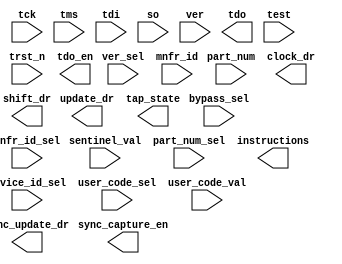
////////////////////////////////////////////////////////////////////////////////
//
//       This confidential and proprietary software may be used only
//     as authorized by a licensing agreement from Synopsys Inc.
//     In the event of publication, the following notice is applicable:
//
//                    (C) COPYRIGHT 1998 - 2016 SYNOPSYS INC.
//                           ALL RIGHTS RESERVED
//
//       The entire notice above must be reproduced on all authorized
//     copies.
//
//
// VERSION:   Simulation Architecture
//
// DesignWare_version: 5f2a82b4
// DesignWare_release: K-2015.06-DWBB_201506.5.2
//
////////////////////////////////////////////////////////////////////////////////
//-----------------------------------------------------------------------------------
//
// ABSTRACT:  TAP Controller with USERCODE support
//
//
//  Parameters: 	Valid Values
//  ==========  	============
//  width		[ 2 to 32 ]
//  id			[ 0 = not present,
//			  1 = present ]
//  idcode_opcode  	[0 to 2**32-1]			  
//  version		[ 0 to 15 ]
//  part		[ 0 to 65535 ] 
//  man_num		[ 0 to 2047 ] 
//   			( not equal to 127 ) 
//          
//  sync_mode		[ 0 = asynchronous,
//			  1 = synchrounous ] 	
//
//  Input Ports:    Size    	Description
//  ===========     ====    	===========
//  tck		     1 bit   	Test clock 
//  trst_n	     1 bit   	Test reset, active low 
//  tms		     1 bit   	Test mode select 
//  tdi		     1 bit   	Test data in 
//  so		     1 bit   	Serial data from boundary scan 
//                          	  register and data registers 
//  bypass_sel	     1 bit   	Selects the bypass register 
//                         
//  sentinel_val    width - 1   User-defined status bits	
//  device_id_sel    1 bit   	Selects the device id  register
//  user_code_sel    1 bit   	Selects USERCODE instruction 
//  user_code_val    32 bits    USERCODE input to device id register
//  ver              4 bits     external version port
//  ver_sel          1 bit   	Selects the ver port
//  part_num         16 bits    external part number port 
//  part_num_sel     1 bit   	Selects the part_num port
//  mnfr_id          11 bits    external manufacturer's id port 
//  mnfr_id_sel      1 bit   	Selects the manufacturer's id port
//  
//  Output Ports    Size    	Description
//  ============    ====    	===========
//  clock_dr	     1 bit      Controls the boundary scan register	
//  shift_dr	     1 bit      Controls the boundary scan register
//  update_dr	     1 bit	Controls the boundary scan register
//  tdo		     1 bit	Test data out
//  tdo_en	     1 bit 	Enable for tdo output buffer
//  tap_state       16 bit	Current state of the TAP 
//				  finite state machine
//  instructions    width	Instruction register output	
//
//
//
// MODIFIED:
//
//   DLL 01/19/16  Re-structured most of the always blocks to be split
//                 into two pieces procedural and sequential.  No mix of
//                 combination logic and flip-flops in the same always block(s)
//                 anymore.  Edits made to be Native-Low-Power compatible.
//                 Addresses STAR#9000999057.
//
//   RJK 09/17/15  Eliminated initialized constants for NLP compatibility
//   bdean 6/28/05
//   added #0 for enables: star 9000067695
//   bdean 4/28/08
//   added #1 for enables: star 90000
//
//
//   Doug Lee   Nov. 3, 2004
//      Fixed bug in always block determining tdo_temp.  Added missing
//      "id_sel" signal to sensitivity list (STAR 9000034981).
//      Also, fixed non-STAR bugs:
//        (1) Decoding of id_sel.  Was decoding based on a fixed 
//            update_reg_ir value instead of the idcode_opcode
//            parameter value.
//        (2) id_code_vec was being double driven by two unique
//            equations.  One is right the other is wrong.  Should
//            not have been doubly driven in the first place.
//            Removed the "wrong" equation.
//
//   Rajeev P Huralikoppi  May 2002
//      This is a new component derived from the DW_tap component
//      with additional parameters/ports to support USERCODE and
//      external ports  to support device identity register programming
//      with recompiling. (STARs 113898, 121365, 131993 )   
//
//-----------------------------------------------------------------------
			  		
module DW_tap_uc ( tck, trst_n, tms, tdi, so, bypass_sel, sentinel_val, 
		   device_id_sel, user_code_sel, user_code_val,
		   ver, ver_sel, part_num, part_num_sel, mnfr_id, mnfr_id_sel,
		   clock_dr, shift_dr, update_dr, tdo, tdo_en, tap_state, 
		   instructions, sync_capture_en, sync_update_dr,test );

  parameter width = 2;
  parameter id = 0;
  parameter idcode_opcode = 1;
  parameter version = 0;
  parameter part = 0;
  parameter man_num = 0;
  parameter sync_mode = 0;
 
  input  tck;
  input  trst_n;
  input  tms;
  input  tdi;
  input  so;
  input  bypass_sel;
  input  [(width - 2):0] sentinel_val;
   input 		 device_id_sel, user_code_sel;
   input [31:0] 	 user_code_val;
   input 		 ver_sel, part_num_sel, mnfr_id_sel;
   input [3:0] ver;
   input [15:0] part_num;
   input [10:0] mnfr_id;
   
  output  clock_dr;
  output  shift_dr;
  output  update_dr;
  output  tdo;
  output  tdo_en;
  output  [15:0] tap_state;
  output  [(width - 1):0] instructions;
  output  sync_capture_en;
  output  sync_update_dr;
 
  input   test;
 
  wire clock_dr;
  reg shift_dr;
  wire update_dr;
  reg tdo;
  wire tdo_en;
  reg [15:0] tap_state;

  wire clock_ir;
  reg shift_ir;
  wire update_ir;

  wire tck_n;
  reg fsm_rst;
  wire instr_rst;

  wire capture_dr;
  wire capture_en_dr;
  wire data_in_int;
  reg bypass_so;

  wire capture_reg_dr_msb;
  reg [32:0] capture_reg_dr;

  wire capture_reg_ir_msb;
  reg [width:0] capture_reg_ir;
  reg [(width - 1):0] update_reg_ir;
  wire instr_so;
   
  reg update_reg_ir_temp;
  reg update_reg_ir_temp_n;
  reg update_reg_ir_temp_by;
   
  wire id_sel;
  wire bypass_int;
  reg tdo_temp;
  wire id_so;

  wire sync_capture_ir;

  localparam [width-1 : 0] idcode_opcode_cnst = idcode_opcode;
  localparam [4:0]  version_vec_cnst = version;
  localparam [16:0] part_vec_cnst = part;
  localparam [11:0] man_num_vec_cnst = man_num;
  wire [31:0] id_code_vec;
 
  wire [width-1 : 0] idcode_opcode_value;
   
  wire [4:0] temp_version_value;
  wire [16:0] temp_part_value;
  wire [11:0] temp_man_num_value;
   
  wire[(width - 1):0] instructions;
  wire sync_capture_en;
  wire sync_update_dr;
 
  // synopsys translate_off

  assign  tck_n  = (~(tck));
  assign  tdo_en = (shift_dr | shift_ir );
  assign  sync_capture_en = (~(shift_dr | (tap_state [3] | tap_state [4])));
  assign  sync_capture_ir = (~(shift_ir | (tap_state [10] | tap_state [11])));
  assign  sync_update_dr = tap_state [8];
  assign  clock_dr = ((tck | (~(tck | (tap_state [3] | tap_state [4])))) 
                           | (~(tap_state [3] | tap_state [4])));
  assign  clock_ir = ((tck | (~(tck | (tap_state [10] | tap_state [11])))) 
                           | (~(tap_state [10] | tap_state [11])));
  assign  update_dr = (tck_n & tap_state [8]);
  assign  update_ir = (tck_n & tap_state [15]);
  assign  instr_rst = test ? ~trst_n : (fsm_rst | (~trst_n ));
   assign  data_in_int = (tdi & shift_dr );
   
   assign temp_man_num_value = mnfr_id_sel === 1'b0 ? man_num_vec_cnst : mnfr_id;
   assign temp_part_value = part_num_sel === 1'b0 ? part_vec_cnst : part_num;
   assign temp_version_value = ver_sel === 1'b0 ? version_vec_cnst : ver;
   
   assign id_code_vec [0] = user_code_sel === 1'b0 ? 1'b1 : user_code_val[0];
   assign id_code_vec [11:1] = user_code_sel === 1'b0 ? temp_man_num_value[10:0] : user_code_val[11:1];
   assign id_code_vec [27:12] = user_code_sel === 1'b0 ? temp_part_value[15:0] : user_code_val[27:12];
   assign id_code_vec [31:28] = user_code_sel === 1'b0 ? temp_version_value[3:0] : user_code_val[31:28];
   
   assign  capture_reg_dr_msb = (tdi);
   assign  id_so  = capture_reg_dr [0];
   assign  capture_reg_ir_msb = (tdi);
   assign  instr_so  = capture_reg_ir [0];
   assign  instructions  = update_reg_ir;

  assign  id_sel  = (update_reg_ir == idcode_opcode_cnst);

   assign  bypass_int = ( update_reg_ir [0] & update_reg_ir [1] 
                         & update_reg_ir_temp_by );
  assign #1 capture_en_dr = (
   (sync_mode === 0 ) ? 1'b0 : (
   clock_dr ));


reg [15:0] next_tap_state;
 
  always @(tap_state or tms) begin : STATE_ENC_PROC
    integer i;
    reg [31:0] state_var_tmp;
    reg [31:0] state_var;

    if ((^(tap_state ^ tap_state) !== 1'b0)) begin : CHECK_FOR_XS
      next_tap_state = 16'bxxxx_xxxx_xxxx_xxxx;
    end else begin : NO_XS
      for (i = 15; i >= 0 ;i = i-1) begin 
        if (tap_state [i] === 1'b1)
          state_var_tmp = i;
      end
  
      if (tms === 1'b0) begin
        case (state_var_tmp)
          0 : state_var = 1;
          2 : state_var = 3;
          3 : state_var = 4;
          5 : state_var = 6;
          7 : state_var = 4;
          8 : state_var = 1;
          9 : state_var = 10;
          10 : state_var = 11;
          12 : state_var = 13;
          14 : state_var = 11;
          15 : state_var = 1;
          default: state_var = state_var_tmp;
        endcase
      end else begin 
        case (state_var_tmp)
          1 : state_var = 2;
          2 : state_var = 9;
          3 : state_var = 5;
          4 : state_var = 5;
          5 : state_var = 8;
          6 : state_var = 7;
          7 : state_var = 8;
          8 : state_var = 2;
          9 : state_var = 0;
          10 : state_var = 12;
          11 : state_var = 12;
          12 : state_var = 15;
          13 : state_var = 14;
          14 : state_var = 15;
          15 : state_var = 2;
          default: state_var = state_var_tmp;
        endcase
      end 
      for (i = 15; i >= 0; i = i-1) begin
        if (state_var == i) next_tap_state[i] = 1'b1;
        else next_tap_state[i] = 1'b0;
      end
    end
  end

  always @ (posedge tck or negedge trst_n) begin : TCK_REGS_PROC
      integer i;

      if (trst_n === 1'b0) begin 
          tap_state  <=  1;
      end else begin
          tap_state <= next_tap_state;
      end
  end

reg nxt_fsm_rst;
reg nxt_shift_dr;
reg nxt_shift_ir;

  always @(tap_state) begin : NXT_FSM_RST_SHIFTS_PROC
    integer i;
    reg [31:0] state_decode;

    if ((^(tap_state ^ tap_state) !== 1'b0)) begin
      nxt_fsm_rst = 1'bx;
      nxt_shift_dr = 1'bx;
      nxt_shift_ir = 1'bx;
    end else begin
      for (i = 15; i >= 0 ; i = i-1) begin 
        if (tap_state [i] === 1'b1) state_decode  = i;
      end
      
      case (state_decode)
        0 : begin
              nxt_fsm_rst = 1'b1;
              nxt_shift_dr = 1'b0;
              nxt_shift_ir = 1'b0;
              end
        4 : begin
              nxt_fsm_rst = 1'b0;
              nxt_shift_dr = 1'b1;
              nxt_shift_ir = 1'b0;
              end
        11 : begin
              nxt_fsm_rst = 1'b0;
              nxt_shift_dr = 1'b0;
              nxt_shift_ir = 1'b1;
              end
        default: begin
              nxt_fsm_rst = 1'b0;
              nxt_shift_dr = 1'b0;
              nxt_shift_ir = 1'b0;
              end
      endcase
    end
  end
 
  always @ (posedge tck_n or negedge trst_n) begin : TCK_N_REGS_PROC
      integer i;

      if (trst_n === 1'b0) begin 
        fsm_rst <= 1;
        shift_dr <= 0;
        shift_ir <= 0;
      end else begin
        fsm_rst <= nxt_fsm_rst;
        shift_dr <= nxt_shift_dr;
        shift_ir <= nxt_shift_ir;
      end
  end

 
  always @ (capture_reg_dr_msb) begin 
    capture_reg_dr[32] = capture_reg_dr_msb;
  end
 
  always @ (capture_reg_ir_msb) begin 
    capture_reg_ir [width] = capture_reg_ir_msb;
  end

  assign capture_dr = tap_state [3];

wire update_en_ir;
  assign update_en_ir = (sync_mode == 0) ? 1'b1 : (tap_state [15] & tck_n);
  
reg[(width  -  1 ): 0] data_in_ir;
  always @(sentinel_val) begin : DATA_IN_IR_PROC
    integer i;
    for (i = (width-1); i >= 0 ; i = i-1) begin 
      if ( i > 1 ) begin 
        data_in_ir[i] = sentinel_val[(i-2)];
      end else begin
        data_in_ir[1] = 1'b0;
        data_in_ir[0] = 1'b1;
      end
    end
  end

generate
  if (sync_mode == 0) begin : GEN_REGS_SM_EQ_0
    integer i;
    always @(posedge clock_dr) begin : BYP_SO_CAP_DR_SM_EQ_0_PROC
      if (capture_dr === 1'b0) begin 
        bypass_so <= data_in_int;
      end else begin
        if (capture_dr === 1'b1)
          bypass_so <= 1'b0;
      end
      capture_reg_dr [32] <= capture_reg_dr_msb;
      for (i = 31; i >= 0 ; i = i-1) begin
        if (shift_dr == 1'b0) begin
          capture_reg_dr[i] <= id_code_vec[i];
        end else begin
          capture_reg_dr[i] <= capture_reg_dr[(i+1)];
        end
      end
    end
    always @(posedge clock_ir) begin : CAP_REG_IR_SM_EQ_0_PROC0
      for (i = (width-1); i >= 0 ; i = i-1) begin 
        if (shift_ir === 1'b0) begin
          capture_reg_ir[i] <= data_in_ir[i];
        end else begin
          capture_reg_ir[i] <= capture_reg_ir[(i+1)];
        end
      end
    end
    always @(posedge update_ir or posedge instr_rst) begin : UPDATE_IR_REG_SM_EQ_0_PROC
      if (instr_rst == 1) begin
        if (id == 0) update_reg_ir <= {width{1'b1}};
        else update_reg_ir <= idcode_opcode_cnst;
      end else begin
        for (i = (width-1); i >= 0 ; i = i-1) begin
          if (update_en_ir == 1'b1) begin
            update_reg_ir[i] <= capture_reg_ir[i];
          end
        end
      end
    end
  end else begin : GEN_REGS_SM_NE_0
    integer i;
    always @(posedge tck) begin : REGS_SM_NE_0_PROC
      if (capture_dr == 1'b0) begin 
        if (capture_en_dr == 1'b0)
           bypass_so <= data_in_int;
      end else begin
        if (capture_dr == 1'b1)
          bypass_so <= 1'b0;
      end
      capture_reg_dr [32] <= capture_reg_dr_msb;
      for (i = 31; i >= 0 ; i = i-1) begin
        if ( capture_en_dr == 1'b0 ) begin
          if (shift_dr == 1'b0) begin
            capture_reg_dr[i] <= id_code_vec[i];
          end else begin
            capture_reg_dr[i] <= capture_reg_dr[(i+1)];
          end
        end
      end
      for (i = (width-1); i >= 0 ; i = i-1) begin 
        if (sync_capture_ir == 1'b0) begin
          if (shift_ir === 1'b0) begin
            capture_reg_ir[i] <= data_in_ir[i];
          end else begin
            capture_reg_ir[i] <= capture_reg_ir[(i+1)];
          end
        end
      end
    end
    always @(posedge tck_n or posedge instr_rst) begin : UPDATE_IR_REG_SM_NE_0_PROC
      if (instr_rst == 1) begin
        if (id == 0) update_reg_ir <= {width{1'b1}};
        else update_reg_ir <= idcode_opcode_cnst;
      end else begin
        for (i = (width-1); i >= 0 ; i = i-1) begin
          if ( update_en_ir === 1'b1 ) begin
            update_reg_ir[i] <= capture_reg_ir[i];
          end
        end
      end
    end
  end
endgenerate
 
  always @ (bypass_sel or bypass_int or id_so or device_id_sel or
            so or bypass_so or id_sel or tap_state)
    begin : tdo_combo1_proc
      if  ( (bypass_sel === 1'b1) | (bypass_int === 1'b1) )
        begin
          tdo_temp = bypass_so;
        end
      else if ((id ===  1) & ((device_id_sel === 1'b1) |
                              (id_sel === 1'b1) | (tap_state [0] === 1'b1) ))
        begin
          tdo_temp = id_so;
        end
      else
        begin
          tdo_temp = so;
        end
    end
  always @ (update_reg_ir)
    begin : instr_decode1_proc
      reg update_reg_ir_temp_n_var;
      reg update_reg_ir_temp_var;
      reg update_reg_ir_temp_by_var;
      update_reg_ir_temp_n_var = update_reg_ir [(width - 1)];
      update_reg_ir_temp_var = update_reg_ir [(width - 1)];
      update_reg_ir_temp_by_var = update_reg_ir [(width - 1)];

      if ( width > 2 )
        begin 
          begin : for_651
            integer i;
            for (i = (width-1); i >= 2; i = i-1)
              begin 
                update_reg_ir_temp_var = (update_reg_ir_temp_var 
                    | update_reg_ir [i]);
                update_reg_ir_temp_n_var = (update_reg_ir_temp_n_var 
                    | update_reg_ir [i]);
                update_reg_ir_temp_by_var = (update_reg_ir_temp_by_var
                    & update_reg_ir [i]);
              end
          end
        end
      else
        begin
          update_reg_ir_temp_var = (~update_reg_ir [1]);
        end 

      update_reg_ir_temp_n  = update_reg_ir_temp_n_var;
      update_reg_ir_temp  = update_reg_ir_temp_var;
      update_reg_ir_temp_by = update_reg_ir_temp_by_var;
    end 

  always @(posedge tck_n) begin : TDO_PROC
    if (tap_state [11] == 1'b0) tdo <= tdo_temp;
    else tdo <= instr_so;
  end
 
   // synopsys translate_on
 endmodule